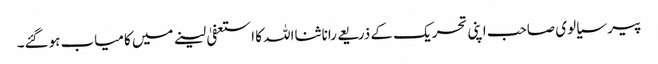
پیر سیالوی صاحب اپنی تحریک کے ذریعے رانا ثنااللہ کا استعفیٰ لینے میں کامیاب ہوگئے۔